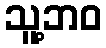
သူ့ဘဝ